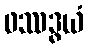
ဖဿဒွယံ